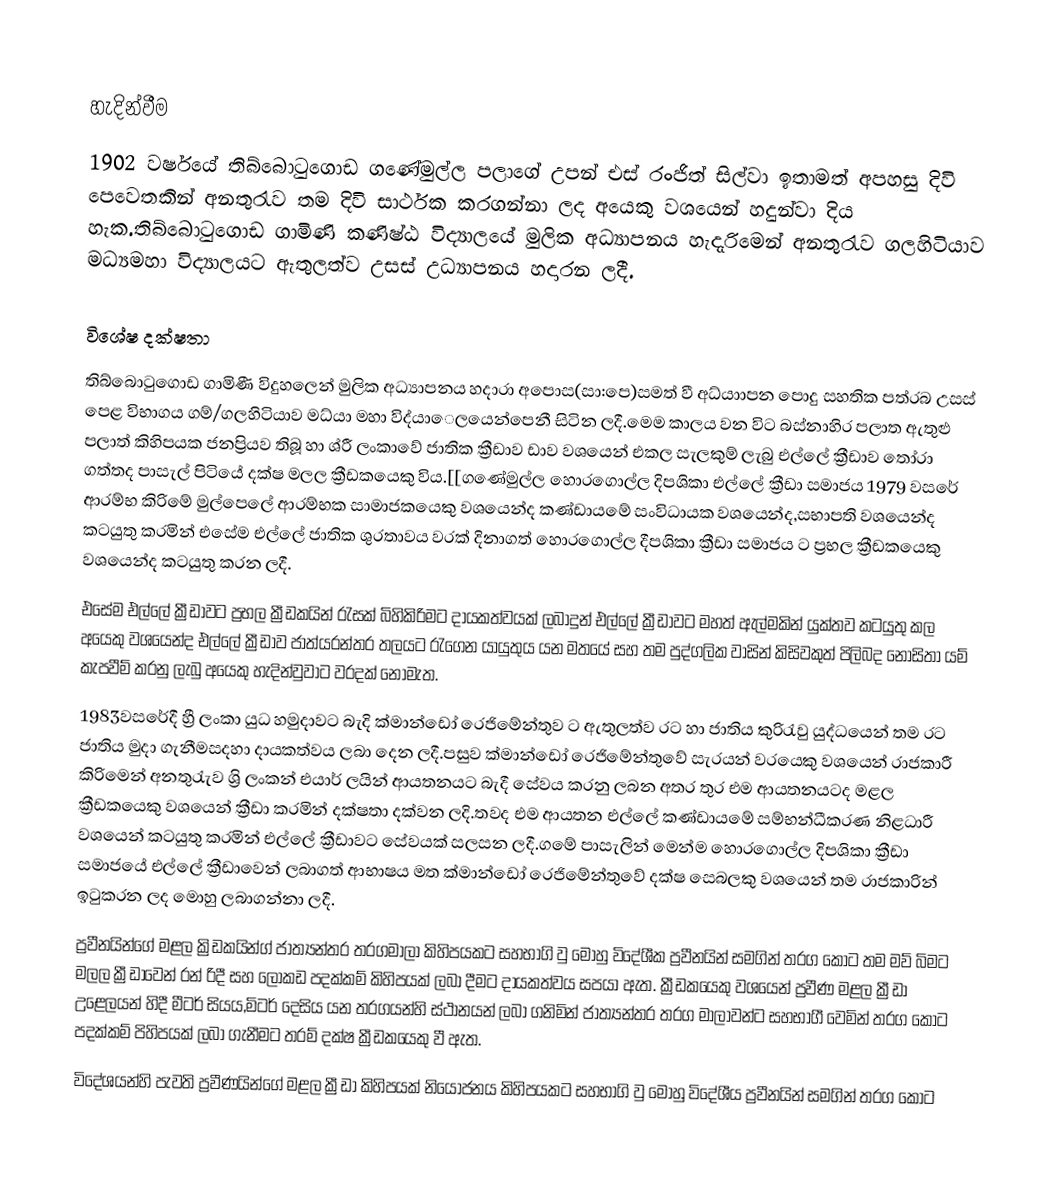

හැදින්වීම
1902 වර්ෂයේ තිබ්බොටුගොඩ ගණේමුල්ල පලාගේ උපන් එස් රංජිත් සිල්වා ඉතාමත් අපහසු දිවි පෙවෙතකින් අනතුරැව තම දිවි සාර්ථක කරගන්නා ලද අයෙකු වශයෙන් හදුන්වා දිය හැක.තිබ්බොටුගොඩ ගාමිණි කණිෂ්ඨ විද්‍යාලයේ මුලික අධ්‍යාපනය හැදැරිමෙන් අනතුරැව ගලහිටියාව මධ්‍යමහා විද්‍යාලයට ඇතුලත්ව උසස් උධ්‍යාපනය හදාරන ලදී.

විශේෂ දක්ෂතා
තිබ්බොටුගොඩ ගාමිණී විදුහලෙන් මුලික අධ්‍යාපනය හදාරා අපොස(සා:පෙ)සමත් වී අධ්යාාපන පොදු සහතික පත්රබ උසස් පෙළ විභාගය ගම්/ගලහිටියාව මධ්යා මහා විද්යාෙලයෙන්පෙනී සිටින ලදී.මෙම කාලය වන විට බස්නාහිර පලාත ඇතුළු පලාත් කිහිපයක ජනප්‍රියව තිබූ හා ශ්රී  ලංකාවේ ජාතික ක්‍රීඩාව ඩාව වශයෙන් එකල සැලකුම් ලැබු එල්ලේ ක්‍රීඩාව තෝරා ගත්තද පාසැල් පිටියේ දක්ෂ මලල ක්‍රීඩකයෙකු විය.[[ගණේමුල්ල හොරගොල්ල දිපශිකා එල්ලේ ක්‍රීඩා සමාජය 1979 වසරේ ආරම්භ කිරිමේ මුල්පෙලේ ආරම්භක සාමාජකයෙකු වශයෙන්ද කණ්ඩායමේ සංවිධායක වශයෙන්ද,සභාපති වශයෙන්ද කටයුතු කරමින්  එසේම එල්ලේ ජාතික ශුරතාවය වරක් දිනාගත් හොරගොල්ල දීපශිකා ක්‍රීඩා  සමාජය ට ප්‍රභල ක්‍රීඩකයෙකු වශයෙන්ද කටයුතු කරන ලදී.
        එසේම එල්ලේ ක්‍රීඩාවට ප්‍රභල ක්‍රීඩකයින් රැසක්  බිහිකිරිමට දායකත්වයක් ලබාදුන් එල්ලේ ක්‍රීඩාවට මහත් ඇල්මකින් යුක්තව කටයුතු කල අයෙකු වශයෙන්ද එල්ලේ ක්‍රීඩාව ජාත්යරන්තර තලයට රැගෙන යායුතුය යන මතයේ සහ තම පුද්ගලික වාසින් කිසිවකුත් පිලිබද නොසිතා යම් කැපවීම් කරනු ලැබු අයෙකු හැදින්වුවාට වරදක් නොමැත.
1983වසරේදී හ්‍රී ලංකා යුධ හමුදාවට බැදි ක්මාන්ඩෝ රෙජිමේන්තුව ට ඇතුලත්ව රට හා ජාතිය කුරිරැවු යුද්ධයෙන්  තම රට ජාතිය මුදා ගැනීමසදහා දායකත්වය ලබා දෙන ලදී.පසුව ක්මාන්ඩෝ රෙජිමේන්තුවේ සැරයන් වරයෙකු වශයෙන් රාජකාරී කිරිමෙන් අනතුරැැව ශ්‍රි ලංකන් එයාර් ලයින් ආයතනයට බැදී සේවය කරනු ලබන අතර තුර එම ආයතනයටද මළල ක්‍රීඩකයෙකු වශයෙන් ක්‍රීඩා කරමින් දක්ෂතා දක්වන ලදි.තවද එම ආයතන එල්ලේ කණ්ඩායමේ සම්භන්ධීකරණ නිළධාරී වශයෙන් කටයුතු කරමින් එල්ලේ ක්‍රීඩාවට සේවයක් සලසන ලදී.ගමේ පාසැලින් මෙන්ම හොරගොල්ල දිපශිකා ක්‍රීඩා සමාජයේ එල්ලේ ක්‍රීඩාවෙන් ලබාගත් ආභාෂය මත ක්මාන්ඩෝ රෙජිමේන්තුවේ දක්ෂ සෙබලකු වශයෙන් තම රාජකාරින් ඉටුකරන ලද මොහු ලබාගන්නා ලදී.
        ප්‍රවීනයින්ගේ මළල ක්‍රිඩකයින්ග් ජාත්‍යන්තර තරගමාලා කිහිපයකට සහභාගි වු මොහු විදේශීක ප්‍රවීනයින් සමගින්  තරග කොට තම මව් බිමට මලල ක්‍රීඩාවෙන් රන් රිදී සහ ලෝකඩ පදක්කම් කිහිපයක් ලබා දීමට දායකත්වය සපයා ඇත. ක්‍රීඩකයෙකු වශයෙන් ප්‍රවීණ මළල ක්‍රීඩා උළෙලයන් හිදී මීටර් සියය,මිටර් දෙසිය යන තරගයන්හි  ස්ථානයන් ලබා ගනිමින් ජාත්‍යන්තර තරග මාලාවන්ට සහභාගී වෙමින් තරග කොට පදක්කම් පිහිපයක් ලබා ගැනීමට තරම් දක්ෂ ක්‍රීඩකයෙකු වී ඇත.
විදේශයන්හි පැවති ප්‍රවීණයින්ගේ මළල ක්‍රීඩා කිහිපයක් නියෝජනය  කිහිපයකට සහභාගි වු මොහු විදේශීය ප්‍රවීනයින් සමගින් තරග කොට